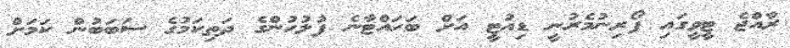
ރާއްޖެ ޓީވީގައި ފޯރިނުމެރުނީ ޑިއުޓީ އަށް ބަހައްޓާނެ ފުލުހުންގެ ދަތިކަމުގެ ސަބަބުން ކަމަށް